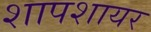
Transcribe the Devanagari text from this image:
शापशायर